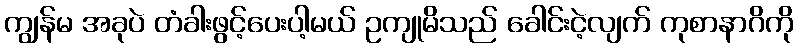
ကျွန်မ အခုပဲ တံခါးဖွင့်ပေးပါ့မယ် ဥကျုမိသည် ခေါင်းငဲ့လျက် ကုစာနာဂိကို